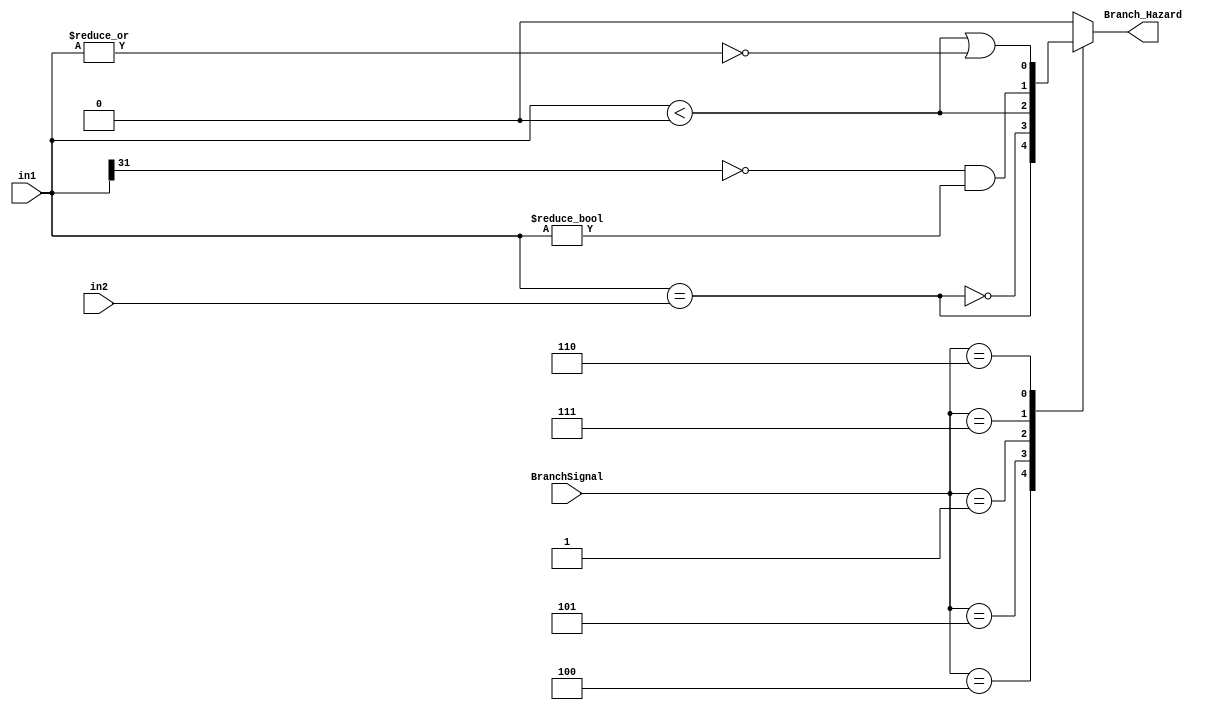
module BranchTest(in1, in2, BranchSignal, Branch_Hazard);
    input [31:0] in1, in2;
    input [2:0] BranchSignal;
    output reg Branch_Hazard;

    always @(*) begin
        case(BranchSignal)
            3'b100: // beq
                Branch_Hazard <= (in1==in2);
            3'b101: // bne
                Branch_Hazard <= ~(in1==in2);
            3'b001: // bltz 
                Branch_Hazard <= $signed(in1)<0;
            3'b111: // bgtz
                Branch_Hazard <= (in1[31] == 0 && in1 != 0);
            3'b110: // blez
                Branch_Hazard <= $signed(in1)<0 || (~|in1);
            default: Branch_Hazard <= 0;
        endcase
    end

endmodule